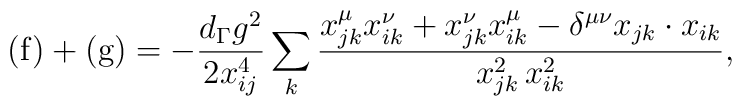
\mbox{(f)}+\mbox{(g)}   = -\frac{d_{\Gamma}g^2}{2x_{ij}^4}\sum_{k}  \frac{x_{jk}^{\mu}x_{ik}^{\nu}+x_{jk}^{\nu}x_{ik}^{\mu}  -\delta ^{\mu\nu}x_{jk}\cdot x_{ik}}{x_{jk}^2 \, x_{ik}^2},